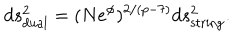
LaTeX: d s _ { \mathrm { d u a l } } ^ { 2 } = ( N e ^ { \phi } ) ^ { 2 / ( p - 7 ) } d s _ { \mathrm { s t r i n g } } ^ { 2 } .